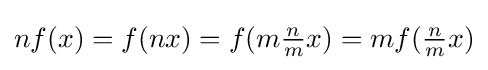
nf(x)=f(nx)=f(m{\tfrac {n}{m}}x)=mf({\tfrac {n}{m}}x)